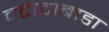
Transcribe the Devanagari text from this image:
वटाटाबाडा